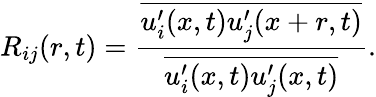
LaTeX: R_{ij}(r,t)=\frac{\overline{{u_{i}^{\prime}(x,t)u_{j}^{\prime}(x+r,t)}}}{\overline{{u_{i}^{\prime}(x,t)u_{j}^{\prime}(x,t)}}}.